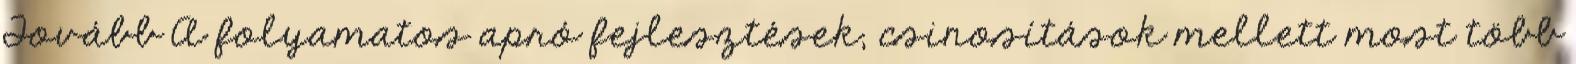
Tovább A folyamatos apró fejlesztések, csinosítások mellett most több